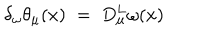
\delta _ { \omega } \theta _ { \mu } ( x ) \; = \; D _ { \mu } ^ { L } \omega ( x )